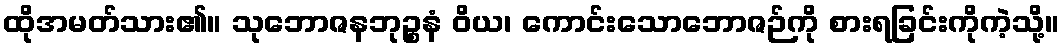
ထိုအမတ်သား၏။ သုဘောဇနဘုဉ္စနံ ဝိယ၊ ကောင်းသောဘောဇဉ်ကို စားရခြင်းကိုကဲ့သို့။